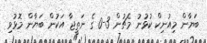
ބަޔާން މިއުނިކް ކުޅުނު މެޗުން 3-0 ގެ ނަތީޖާ އަކުން ބަޔާން މޮޅުވި